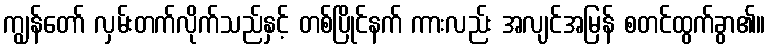
ကျွန်တော် လှမ်းတက်လိုက်သည်နှင့် တစ်ပြိုင်နက် ကားလည်း အလျင်အမြန် စတင်ထွက်ခွာ၏။